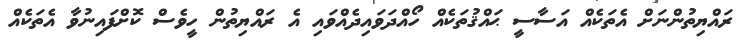
ރައްޔިތުންނަށް އެތަކެއް އަސާސީ ޙައްޤުތަކެއް ހޯއްދަވައިދެއްވައި އެ ރައްޔިތުން ހީވެސް ކޮށްފައިނުވާ އެތަކެއް